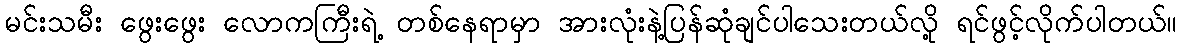
မင်းသမီး ဖွေးဖွေး လောကကြီးရဲ့ တစ်နေရာမှာ အားလုံးနဲ့ပြန်ဆုံချင်ပါသေးတယ်လို့ ရင်ဖွင့်လိုက်ပါတယ်။